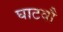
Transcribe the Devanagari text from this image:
घाटवौ